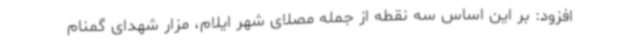
افزود: بر این اساس سه نقطه از جمله مصلای شهر ایلام، مزار شهدای گمنام